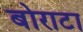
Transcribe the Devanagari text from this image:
बोराटा